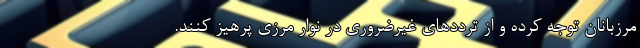
مرزبانان توجه کرده و از ترددهای غیرضروری در نوار مرزی پرهیز کنند.